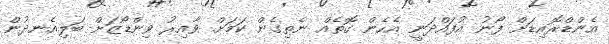
އެންޑްރޮއިޑަށް ފޯނު އުފައްދަނީ އެހެން ގޮތެއް ނެތިގެން ކަމަށް ވާއިރު ވިންޑޯޒަށް ބަލިއެނދުން